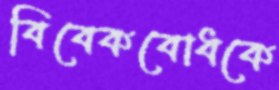
বিবেকবোধকে